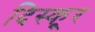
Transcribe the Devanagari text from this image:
दिस्कूर